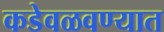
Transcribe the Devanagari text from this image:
कडेवळवण्यात